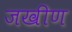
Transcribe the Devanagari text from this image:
जखीण